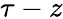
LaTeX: \tau-z